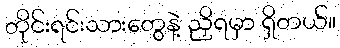
တိုင်းရင်းသားတွေနဲ့ ညှိရမှာ ရှိတယ်။